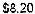
$8.20